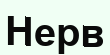
Нерв